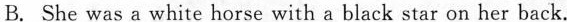
B. She was a white horse with a black star on her back.